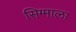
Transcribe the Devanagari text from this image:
सिग्माला